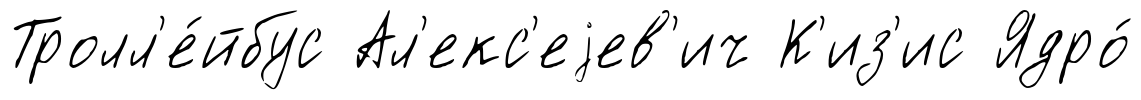
Тролл'е́йбус Ал'екс'еjев'ич К'из'ис Ядро́